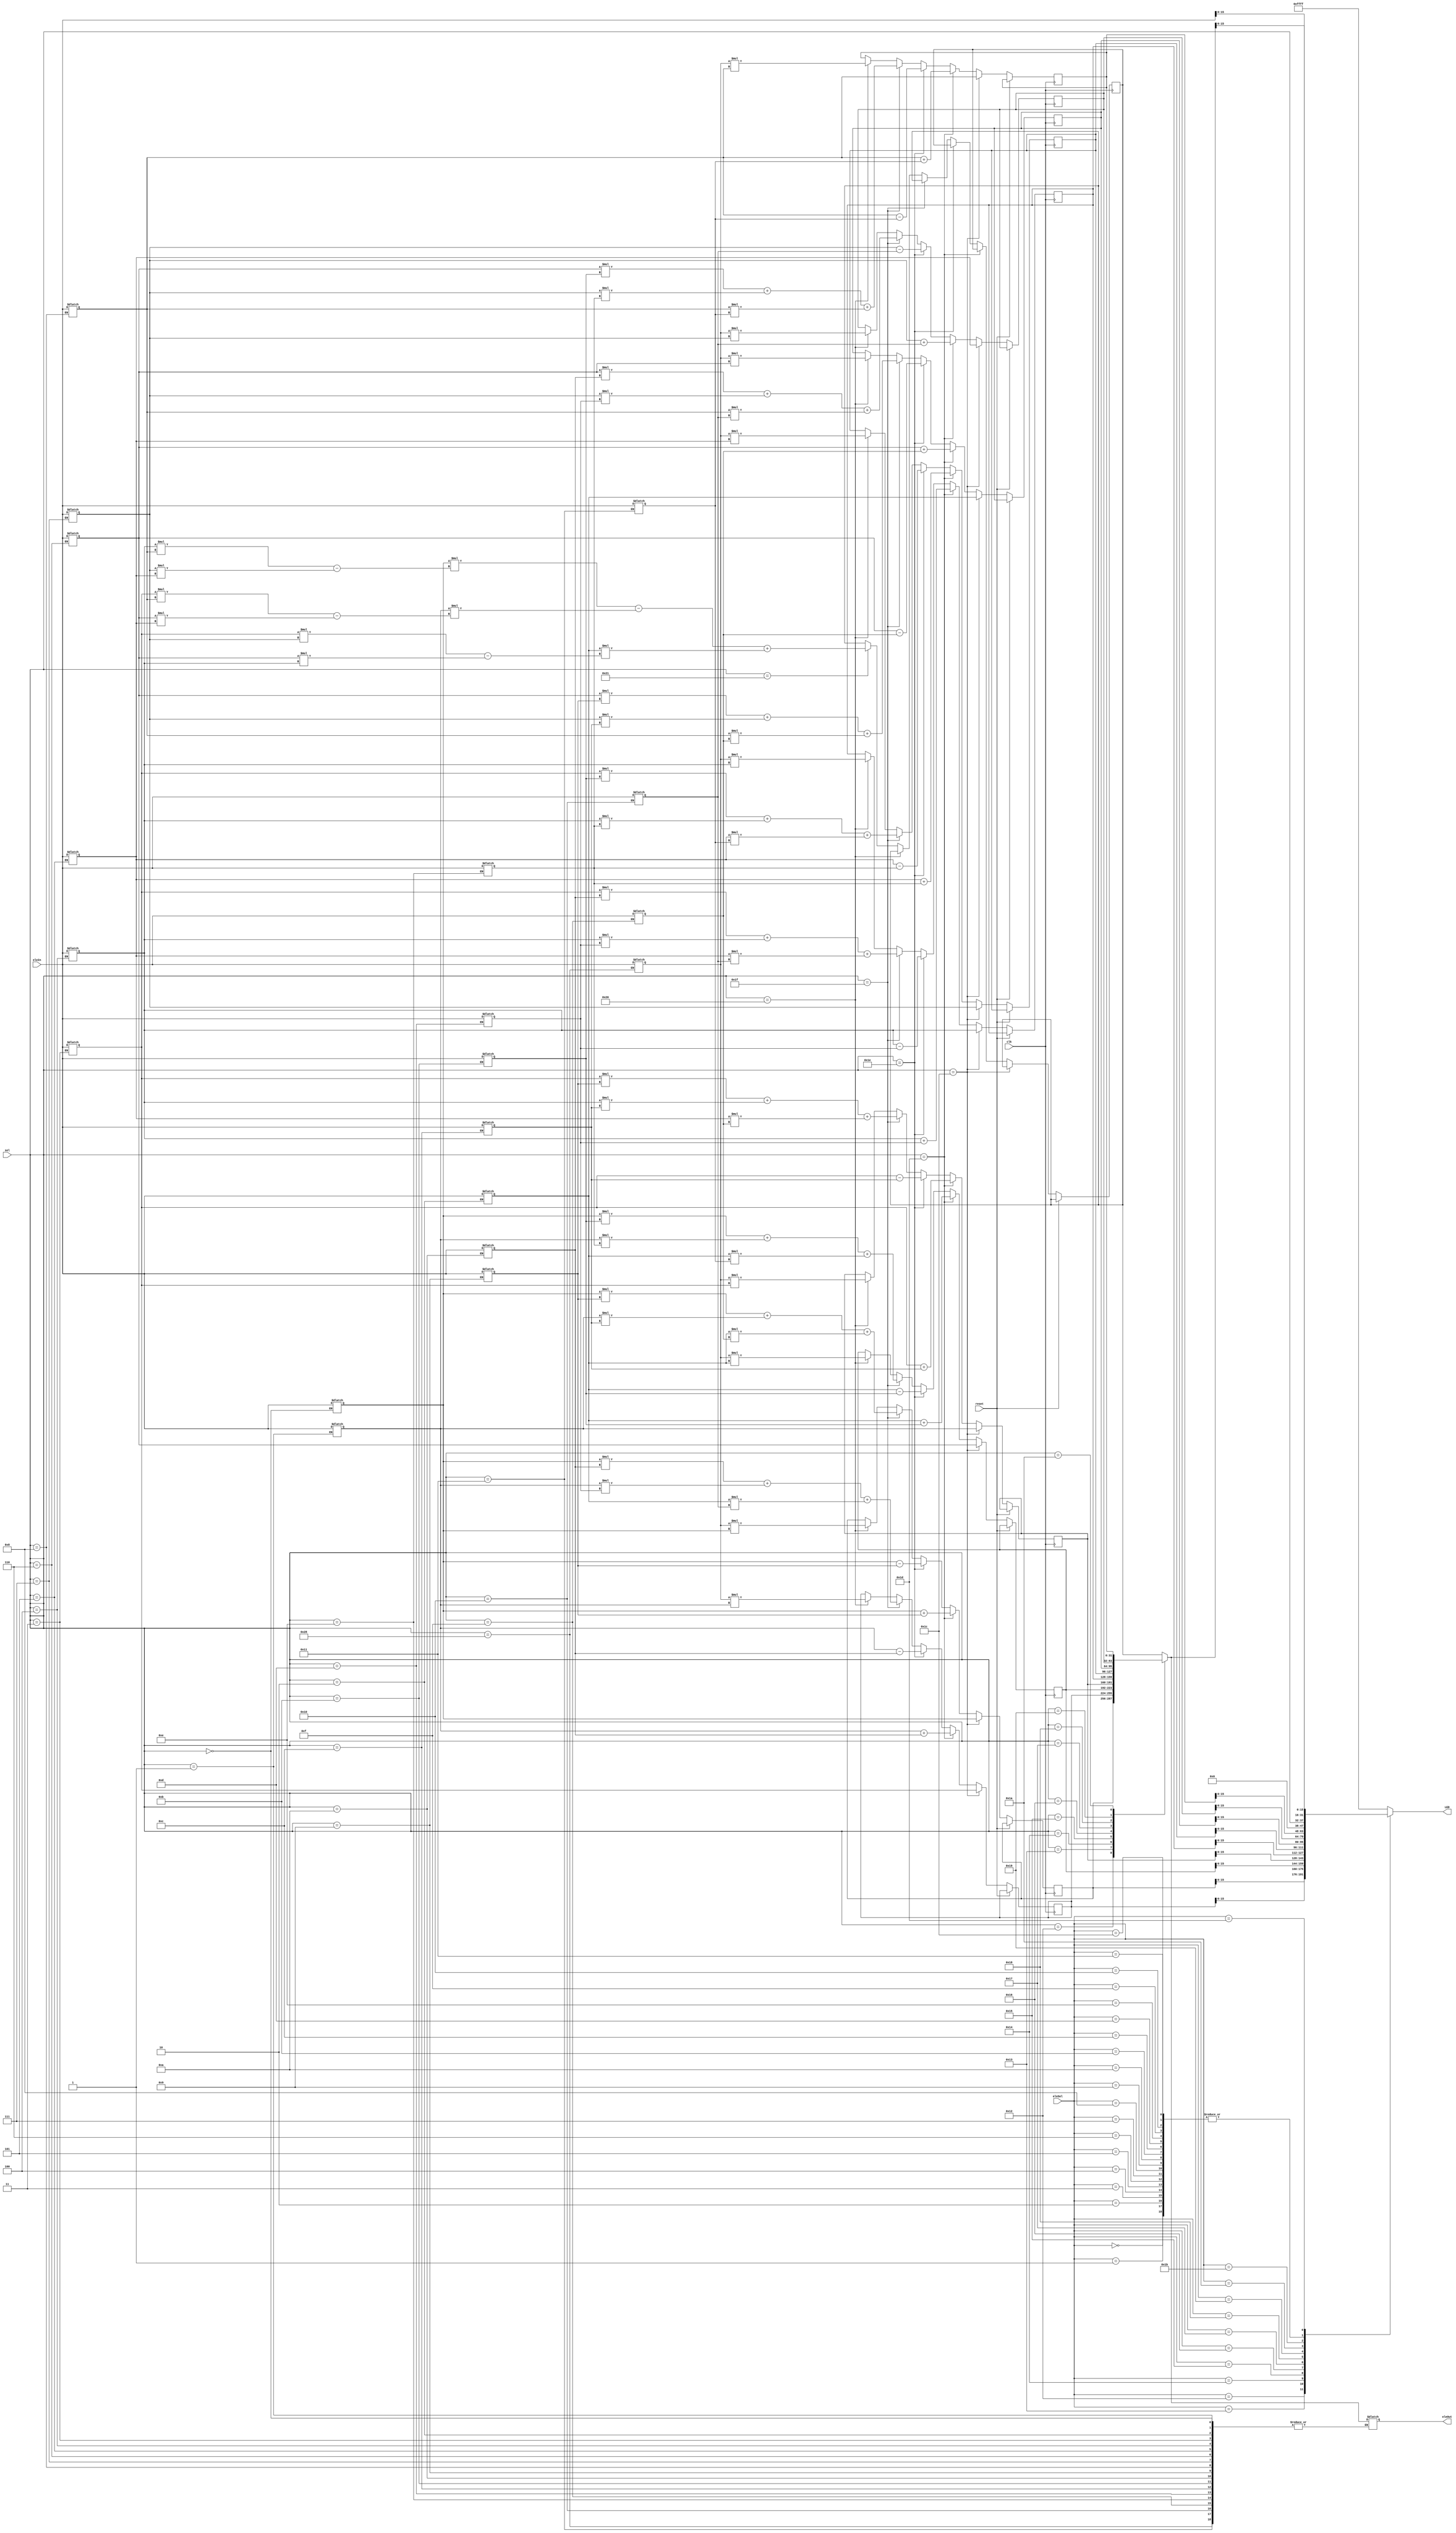
module ALUCalc(clk, reset, eleSel, sel, eleIn, eleOut, LED);
input clk, reset; 
input [4:0] eleSel; 
input [5:0] sel; 
input [31:0] eleIn; 
output reg [31:0] eleOut;
output reg [15:0] LED;  
reg [31:0] E00, E01, E02, 
           E10, E11, E12,     
           E20, E21, E22, 
           F00, F01, F02, 
           F10, F11, F12,
           F20, F21, F22,
           G00, G01, G02, 
           G10, G11, G12,
           G20, G21, G22, 
           det, c;    

always @(posedge clk, posedge reset) begin 
        if (reset) begin 
 
        end 
        
        else begin 
            if(sel == 28)begin //Transpose matrix E
                G00 <= E00; 
                G01 <= E10; 
                G02 <= E20; 
                G10 <= E01; 
                G11 <= E11; 
                G12 <= E21; 
                G20 <= E02; 
                G21 <= E12;
                G22 <= E22;  
            end 
            
            else if (sel == 29)begin 
                G00 <= E00+F00; 
                G01 <= E01+F01; 
                G02 <= E02+F02; 
                G10 <= E10+F10; 
                G11 <= E11+F11; 
                G12 <= E12+F12; 
                G20 <= E20+F20; 
                G21 <= E21+F21;
                G22 <= E22+F22;  
            end 
            
            else if (sel == 30)begin 
                G00 <= E00-F00; 
                G01 <= E01-F01; 
                G02 <= E02-F02; 
                G10 <= E10-F10; 
                G11 <= E11-F11; 
                G12 <= E12-F12; 
                G20 <= E20-F20; 
                G21 <= E21-F21;
                G22 <= E22-F22;  
            end 
            
            else if (sel == 31) begin 
                G00 <= (E00*F00)+(E01*F10)+(E02*F20); 
                G01 <= (E00*F01)+(E01*F11)+(E02*F21); 
                G02 <= (E00*F02)+(E01*F12)+(E02*F22);  
                G10 <= (E10*F00)+(E11*F10)+(E12*F20); 
                G11 <= (E10*F01)+(E11*F11)+(E12*F21);  
                G12 <= (E10*F02)+(E11*F12)+(E12*F22); 
                G20 <= (E20*F00)+(E21*F10)+(E22*F20); 
                G21 <= (E20*F01)+(E21*F11)+(E22*F21);
                G22 <= (E20*F02)+(E21*F12)+(E22*F22);  
            end 
            
            else if (sel == 32) begin 
                G00 <= c*E00; 
                G01 <= c*E01; 
                G02 <= c*E02; 
                G10 <= c*E10; 
                G11 <= c*E11; 
                G12 <= c*E12; 
                G20 <= c*E20; 
                G21 <= c*E21;
                G22 <= c*E22; 
            end 
            
            else if (sel == 33) begin 
                det <= E00*(E11*E22 - E21*E12)-
                       E01*(E10*E22 - E20*E12)+
                       E02*(E10*E21 - E20*E11);
            end 
            
        
        
        end 
    
    end
    
    always @(*) begin 
        case(sel)
            0: E00 = eleIn; 
            1: E01 = eleIn; 
            2: E02 = eleIn; 
            3: E10 = eleIn; 
            4: E11 = eleIn; 
            5: E12 = eleIn; 
            6: E20 = eleIn; 
            7: E21 = eleIn; 
            8: E22 = eleIn;
            9: F00 = eleIn; 
           10: F01 = eleIn; 
           11: F02 = eleIn; 
           12: F10 = eleIn; 
           13: F11 = eleIn; 
           14: F12 = eleIn; 
           15: F20 = eleIn; 
           16: F21 = eleIn; 
           17: F22 = eleIn;
           18: eleOut = G00; 
           19: eleOut = G01; 
           20: eleOut = G02; 
           21: eleOut = G10; 
           22: eleOut = G11; 
           23: eleOut = G12; 
           24: eleOut = G20; 
           25: eleOut = G21; 
           26: eleOut = G22;
           27: eleOut = det; 
           40: c = eleIn; 
          default: eleOut = det; 
        endcase
        case(eleSel)
            0: LED = E00; 
            1: LED = E01; 
            2: LED = E02; 
            3: LED = E10; 
            4: LED = E11; 
            5: LED = E12; 
            6: LED = E20; 
            7: LED = E21; 
            8: LED = E22;
            9: LED = F00; 
           10: LED = F01; 
           11: LED = F02; 
           12: LED = F10; 
           13: LED = F11; 
           14: LED = F12; 
           15: LED = F20; 
           16: LED = F21; 
           17: LED = F22;
           18: LED = G00; 
           19: LED = G01; 
           20: LED = G02; 
           21: LED = G10; 
           22: LED = G11; 
           23: LED = G12; 
           24: LED = G20; 
           25: LED = G21; 
           26: LED = G22;
           27: LED = sel; 
           28: LED = eleIn; 
           29: LED = eleOut; 
          default: LED = 16'hFFFF; 
        endcase
    end  
endmodule